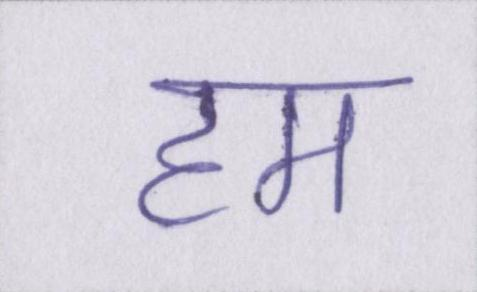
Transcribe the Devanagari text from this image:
हम